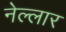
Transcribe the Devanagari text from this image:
नेल्‍लार